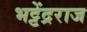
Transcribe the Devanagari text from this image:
भट्टेंद्रराज